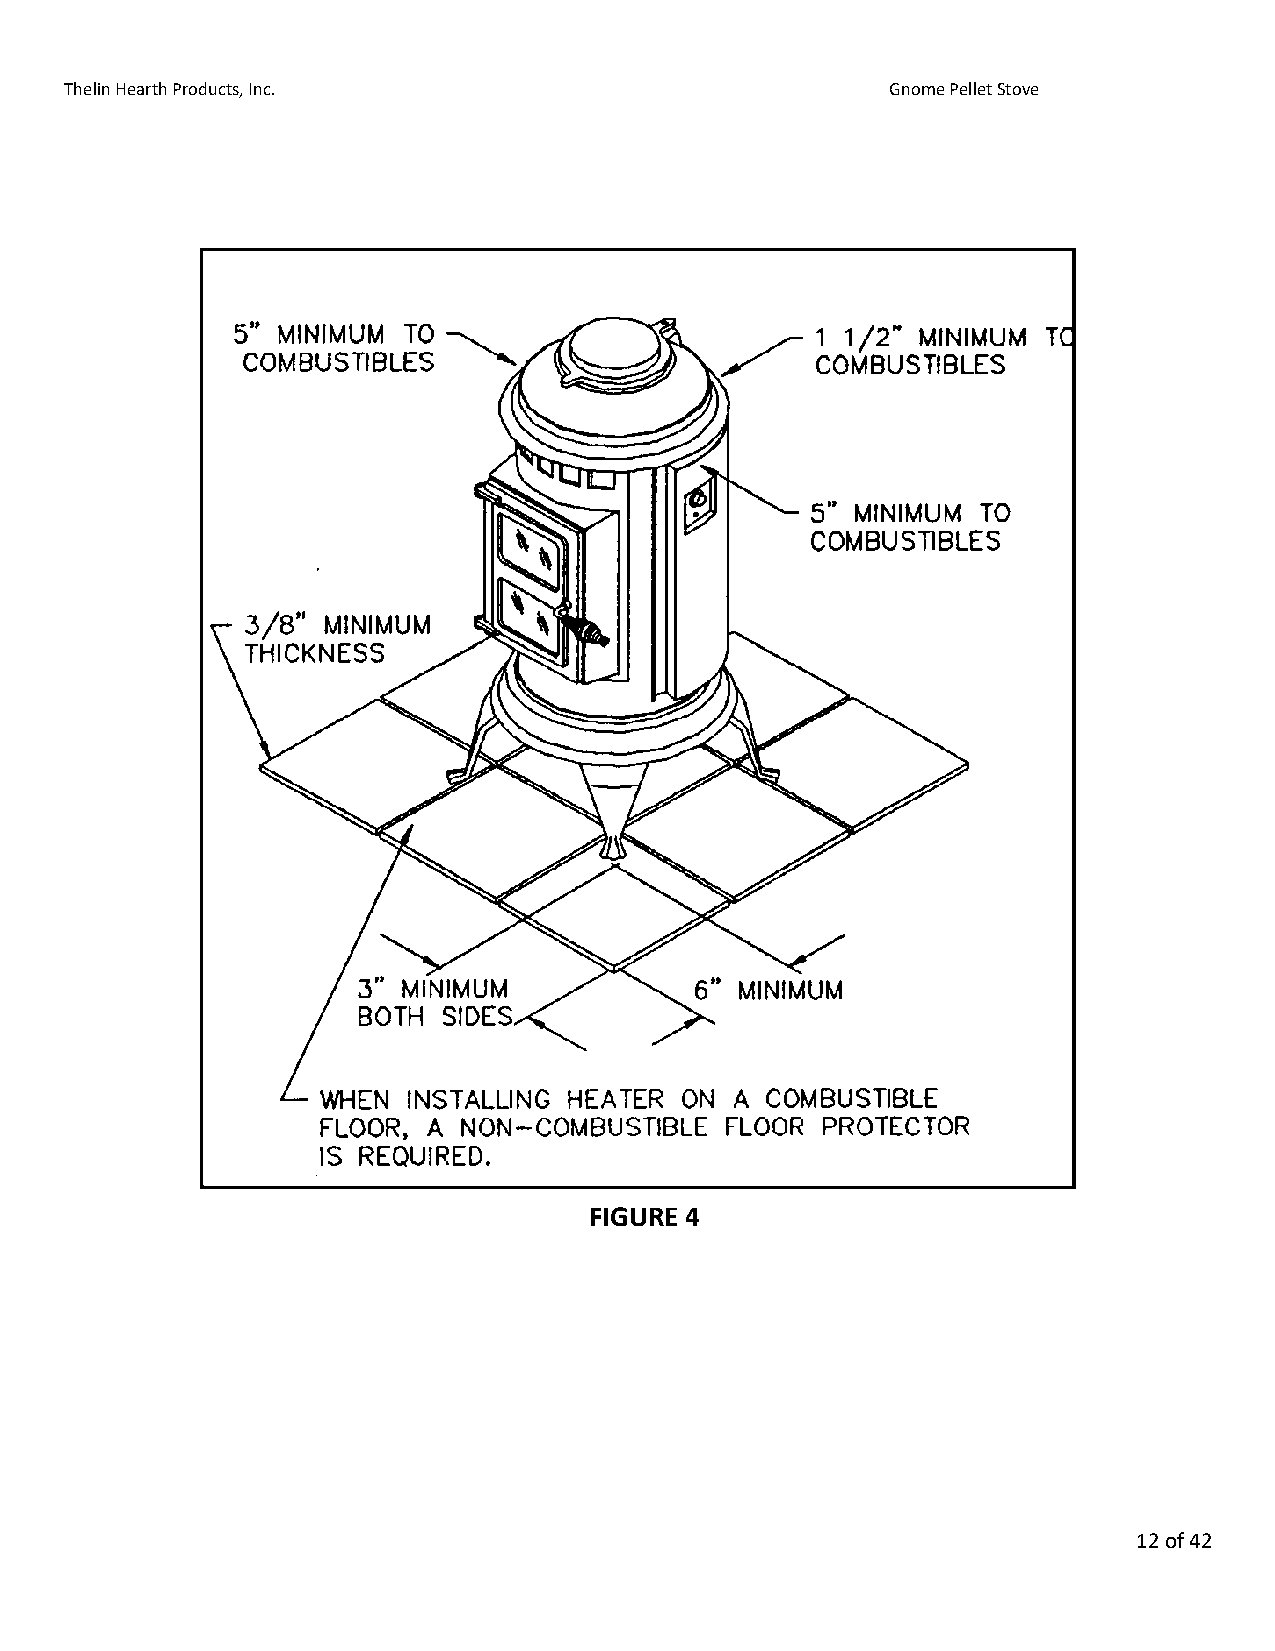
Thelin Hearth Products, Inc.                           Gnome Pellet Stove
 FIGURE 4
 12 of 42